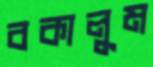
বকালুম